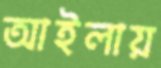
আইলায়